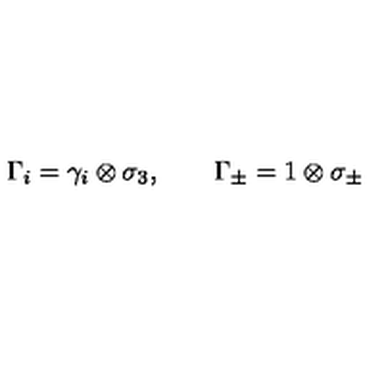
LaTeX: \Gamma _ { i } = \gamma _ { i } \otimes \sigma _ { 3 } , \qquad \Gamma _ { \pm } = 1 \otimes \sigma _ { \pm }